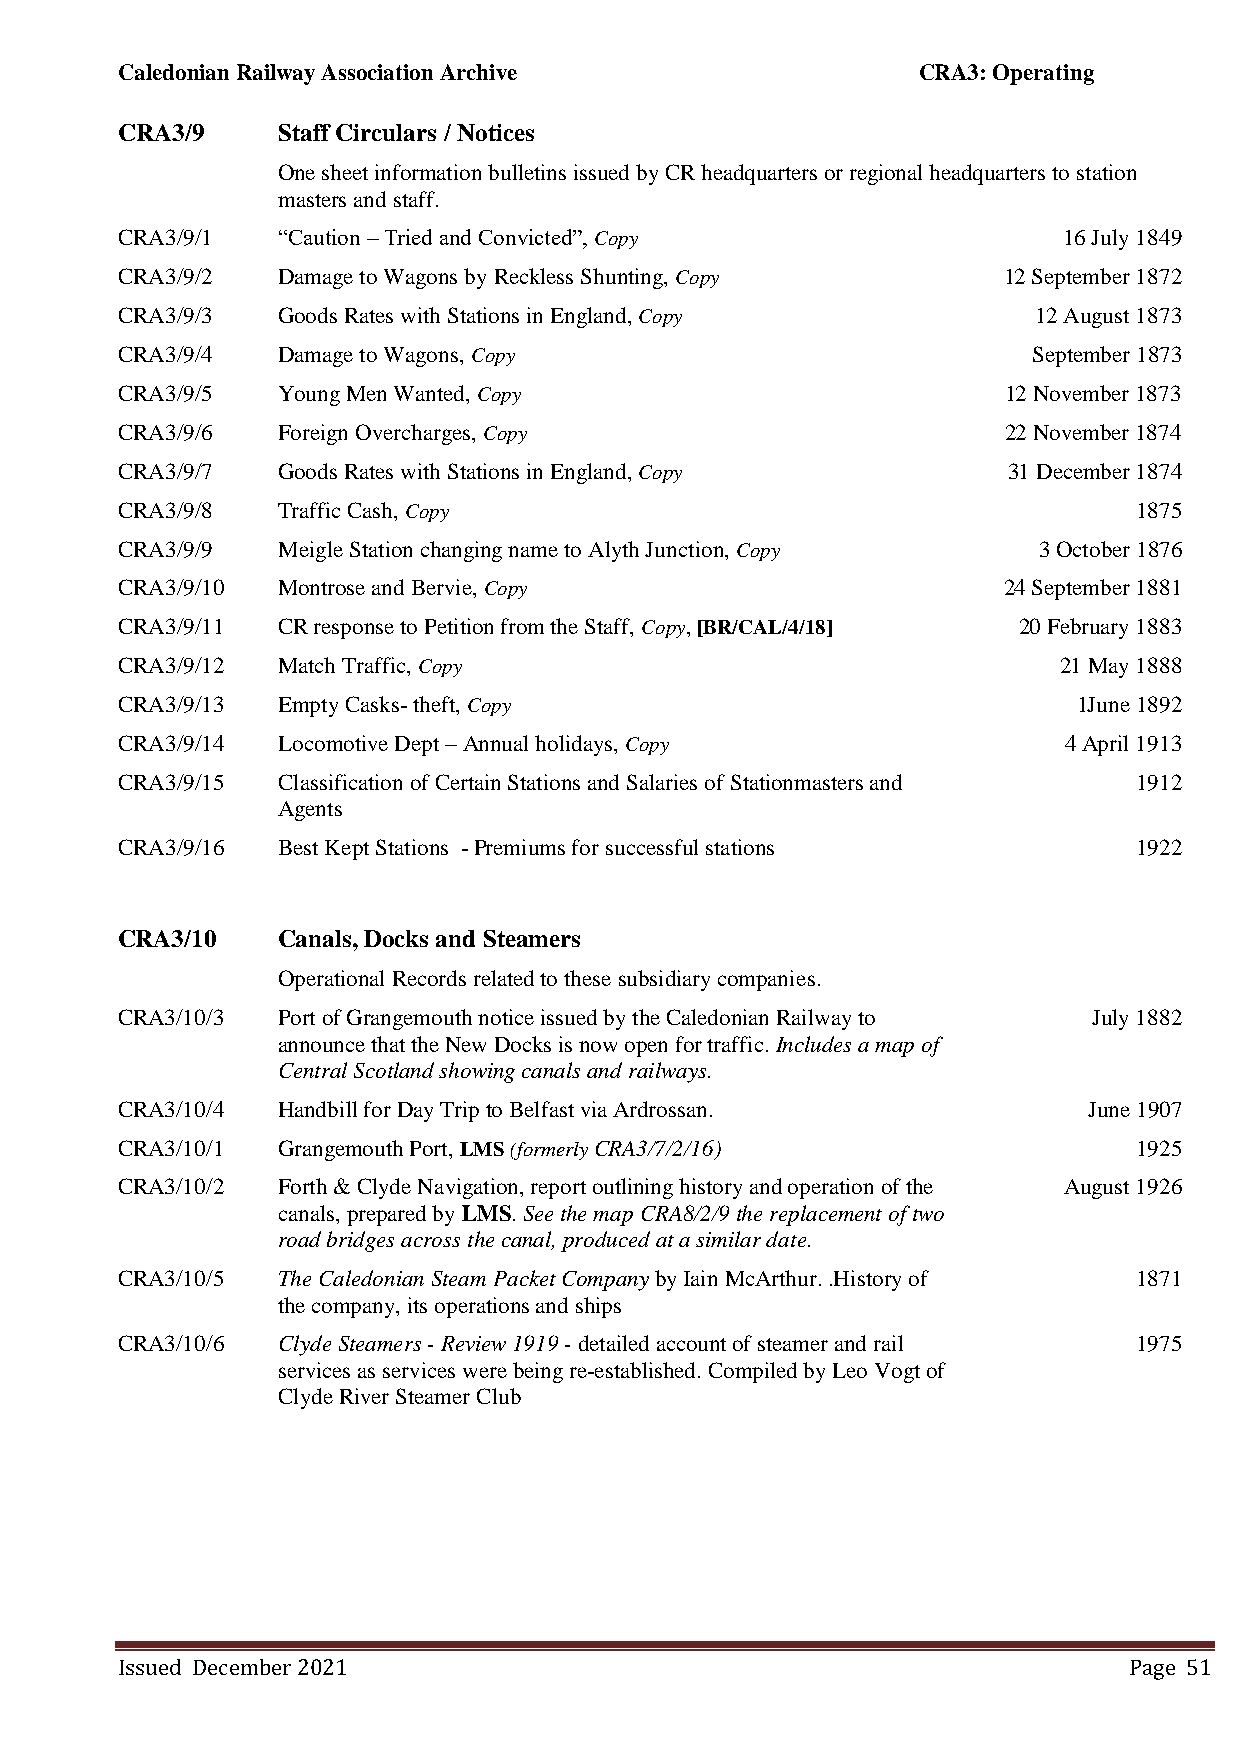
Caledonian Railway Association Archive               CRA3: Operating
 CRA3/9    Staff Circulars / Notices
 One sheet information bulletins issued by CR headquarters or regional headquarters to station
 masters and staff.
 CRA3/9/1  “Caution – Tried and Convicted”, Copy               16 July 1849
 CRA3/9/2  Damage to Wagons by Reckless Shunting, Copy     12 September 1872
 CRA3/9/3  Goods Rates with Stations in England, Copy         12 August 1873
 CRA3/9/4  Damage to Wagons, Copy                            September 1873
 CRA3/9/5  Young Men Wanted, Copy                          12 November 1873
 CRA3/9/6  Foreign Overcharges, Copy                       22 November 1874
 CRA3/9/7  Goods Rates with Stations in England, Copy       31 December 1874
 CRA3/9/8  Traffic Cash, Copy                                       1875
 CRA3/9/9  Meigle Station changing name to Alyth Junction, Copy 3 October 1876
 CRA3/9/10 Montrose and Bervie, Copy                       24 September 1881
 CRA3/9/11 CR response to Petition from the Staff, Copy, [BR/CAL/4/18] 20 February 1883
 CRA3/9/12 Match Traffic, Copy                                 21 May 1888
 CRA3/9/13 Empty Casks- theft, Copy                             1June 1892
 CRA3/9/14 Locomotive Dept – Annual holidays, Copy             4 April 1913
 CRA3/9/15 Classification of Certain Stations and Salaries of Stationmasters and 1912
 Agents
 CRA3/9/16 Best Kept Stations - Premiums for successful stations    1922
 CRA3/10   Canals, Docks and Steamers
 Operational Records related to these subsidiary companies.
 CRA3/10/3 Port of Grangemouth notice issued by the Caledonian Railway to July 1882
 announce that the New Docks is now open for traffic. Includes a map of
 Central Scotland showing canals and railways.
 CRA3/10/4 Handbill for Day Trip to Belfast via Ardrossan.       June 1907
 CRA3/10/1 Grangemouth Port, LMS (formerly CRA3/7/2/16)             1925
 CRA3/10/2 Forth & Clyde Navigation, report outlining history and operation of the August 1926
 canals, prepared by LMS. See the map CRA8/2/9 the replacement of two
 road bridges across the canal, produced at a similar date.
 CRA3/10/5 The Caledonian Steam Packet Company by Iain McArthur. .History of 1871
 the company, its operations and ships
 CRA3/10/6 Clyde Steamers - Review 1919 - detailed account of steamer and rail 1975
 services as services were being re-established. Compiled by Leo Vogt of
 Clyde River Steamer Club
 Issued December 2021                                               Page 51